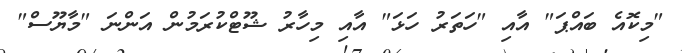
"މިކޮއެ ބައްޕަ" އާއި "ހަތަރު ހަޅަ" އާއި މިހާރު ޝޫޓްކުރަމުން އަންނަ "މާޔޫސް"